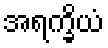
အရက္ခိယံ